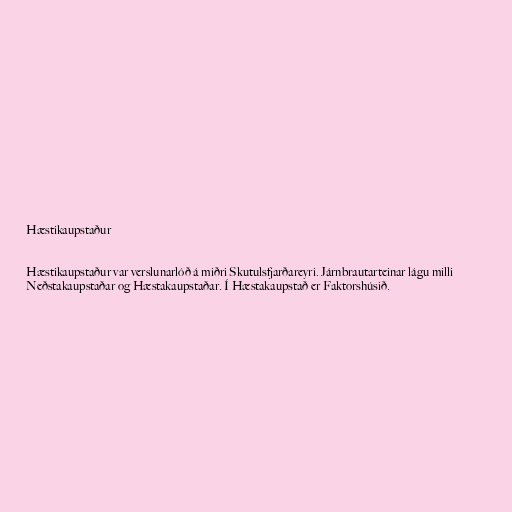
Hæstikaupstaður

Hæstikaupstaður var verslunarlóð á miðri Skutulsfjarðareyri. Járnbrautarteinar lágu milli
Neðstakaupstaðar og Hæstakaupstaðar. Í Hæstakaupstað er Faktorshúsið.